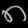
Digit: ၈